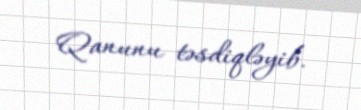
Qanunu təsdiqləyib.